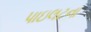
પાઇલટના